Report on horse surra - Volume II, Part I
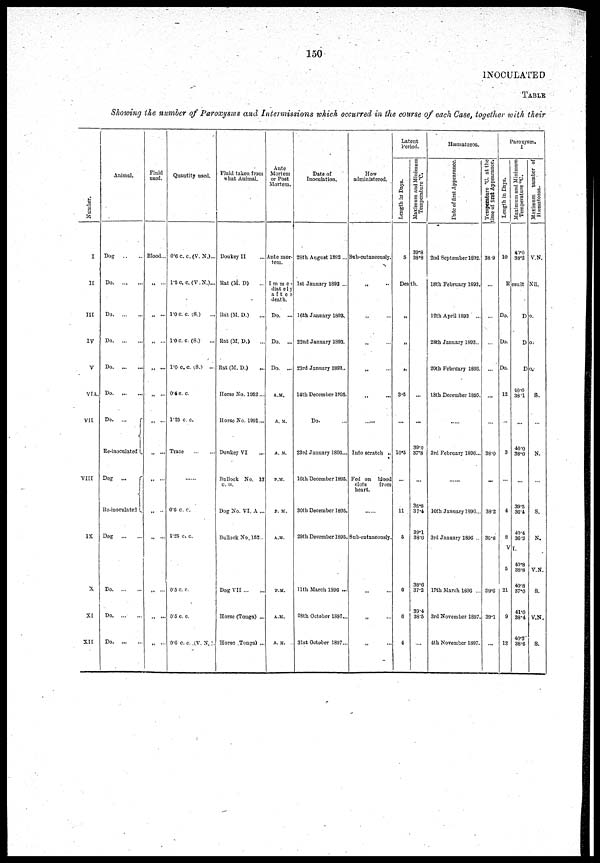
150
INOCULATED
TABLE
Showing the number of Paroxysms and Intermissions which occurred in the course of each Case, together with their
Number.
I
II
III
IV
V
VIA.
VII
VIII
IX
X
XI
XII
Animal.
Dog
Do
Do
Do
Do
Do
Do. ...
{
Re-inoculated.
Dog ...
{
Re-inoculated
Dog
Do
Do. ...
...
Do
Fluid
used.
Blood...
„ ...
„ ...
„ ...
„ ...
„ ...
„
„ ...
„ ..
„
„ ...
Quantity used.
0.6 c. c.(V. N.)...
1.5 c c. (V.N.)...
1.0c c. (S.)
1.0 c. c. (S.)
1.0 c.c (S.) ...
0.4 c. c.
1.25 c. c.
Trace
0.6 c. c.
1.25 c. c.
0.5 c. c.
0.5 c. c.
0.6 c. c. ,(V. N, ).
Fluid taken from
what Animal.
Donkey II
Rat (M. D)
Rat (M. D.)
Rat (M. D.)
Rat (M. D.)
Horse No. 1952...
Horse No. 1991...
Donkey VI
Bullock No. 13
C. II.
Dog No. VI. A ...
Bullock No. 152.
Dog VII
Horse (Tonga) ...
Horse (Tonga) ...
Ante
Mortem
or Post
Mortem.
Ante mor-
tem.
Imme.
diately
after
death.
Do. ...
Do. ...
Do. ...
A.M.
A. M.
A. M.
P.M.
P. M.
A.M.
P.M.
A.M.
A.M.
Date of
Inoculation.
28th August 1892 ...
1st January 1893 ...
16th January 1893.
22nd January 1893.
23rd January 1893..
14th December 1895.
Do.
23rd January 1896...
16th December 1895.
30th December 1895.
29th December 1895.
11th March 1896 ...
28th October 1897..
31st October 1897..
How
administered.
Sub-cutaneously.
„
„
„
„
„
Into scratch ..
Fed on blood
clots
from
heart.
Sub-cutanconsly.
„
„
„
Latent
Period.
Length in Days.
5
Death
„
„
„
3.5
10.5
11
5
6
6
4
Maximum and Minimum
Temperature °C.
39.8
38.8
39.0
37.8
38.8
37.4
39.1
38.6
38.6
37.2
39.4
38.5
Hæmatozoa.
Date of first Appearance.
2nd September 1892.
18th February 1893.
12th April 1893 ...
28th January 1893..
20th February 1893.
18th December 1895.
3rd February 1896...
10th January 1896...
3rd January 1896 ..
17th March 1896 ..
3rd November 1897
4th November 1897.
Temperature °C. at the
time of first Appearance.
38.9
...
38.0
...
38.2
36.8
39.6
39.1
Paroxysm.
I
Length in Days.
10
Do.
Do.
Do.
12
3
4
8
VI.
5
21
9
12
Maximum and Minimum
Temperature °C.
40.0
38.2
Result
Do.
Do.
Do.
40.0
38.1
...
40.0
38.0
39.5
36.4
40.4
36.3
40.8
38.8
40.8
37.0
41.0
38.4
40.2
38.6
Maximum number of
Hæmatozoa.
V.N.
Nil.
S.
N.
S.
N.
V.N.
S.
V.N.
S.